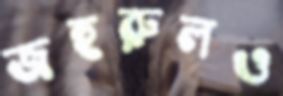
জহুরুলও